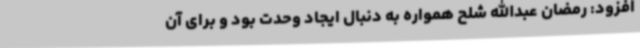
افزود: رمضان عبدالله شلح همواره به دنبال ایجاد وحدت بود و برای آن